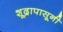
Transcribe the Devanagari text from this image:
शूद्रापासूनी